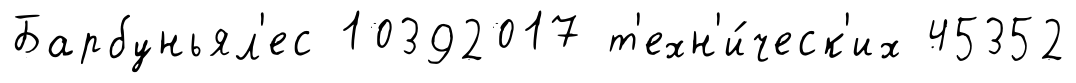
Барбуньял'ес 10392017 т'ехн'и́ческ'их 45352